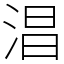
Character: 淐